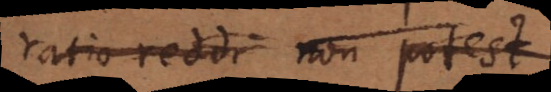
ratio reddi non potest